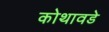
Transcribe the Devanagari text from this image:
कोथावडे